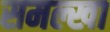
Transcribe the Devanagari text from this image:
समल्खा